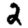
Digit: 2